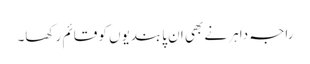
راجہ داہر نے بھی ان پابندیوں کو قائم رکھا۔